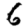
Digit: 6